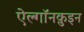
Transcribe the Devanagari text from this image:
ऐल्गॉनक़ुइन